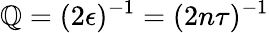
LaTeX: \mathbb{Q}=(2\epsilon)^{-1}=(2n\tau)^{-1}